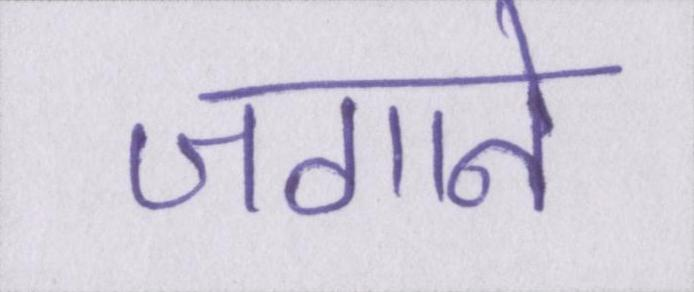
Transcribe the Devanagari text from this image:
जगाने